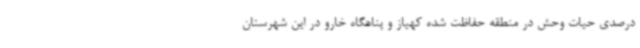
درصدی حیات وحش در منطقه حفاظت شده کهیاز و پناهگاه خارو در این شهرستان